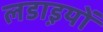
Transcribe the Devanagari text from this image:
लडा़इयों